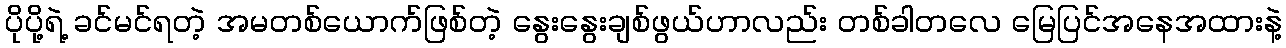
ပိုပို့ရဲ့ ခင်မင်ရတဲ့ အမတစ်ယောက်ဖြစ်တဲ့ နွေးနွေးချစ်ဖွယ်ဟာလည်း တစ်ခါတလေ မြေပြင်အနေအထားနဲ့